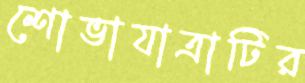
শোভাযাত্রাটির